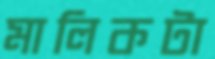
মালিকটা